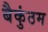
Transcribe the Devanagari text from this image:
बैकुंठम